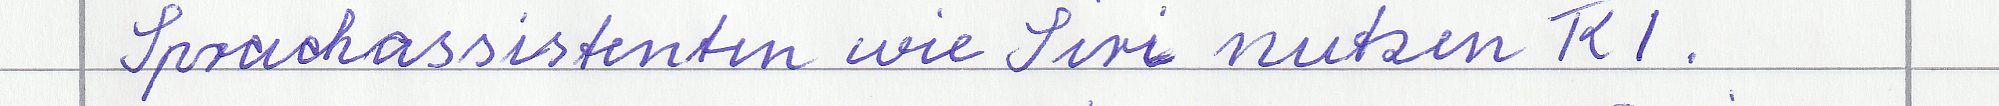
Sprachassistenten wie Siri nutzen KI.